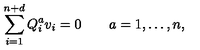
\sum _ { i = 1 } ^ { n + d } Q _ { i } ^ { a } v _ { i } = 0 \qquad a = 1 , \ldots , n ,